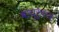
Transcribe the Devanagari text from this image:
वायूरुपात